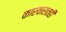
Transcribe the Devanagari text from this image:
कारवारातही